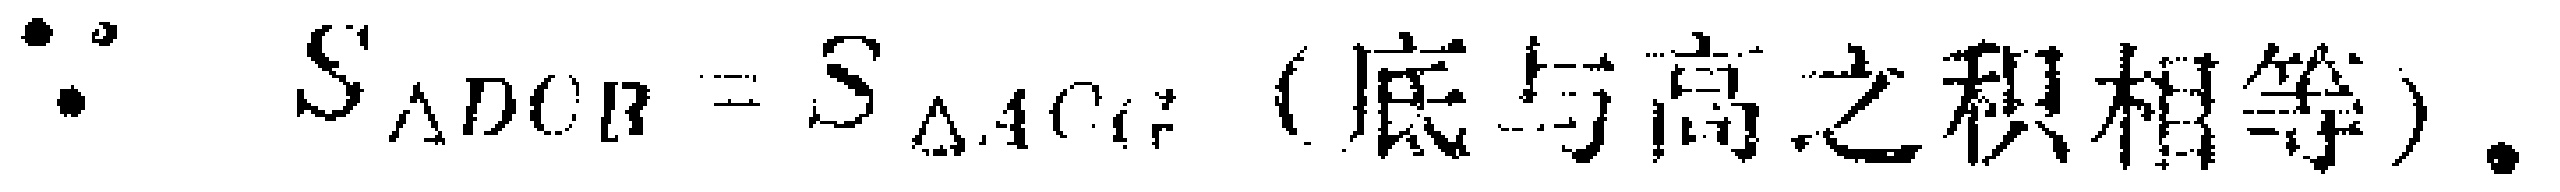
$\because S_{\triangle DCB}=S_{\triangle ACG} \text{ (底与高之积相等)}.$